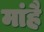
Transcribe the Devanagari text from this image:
मांहै